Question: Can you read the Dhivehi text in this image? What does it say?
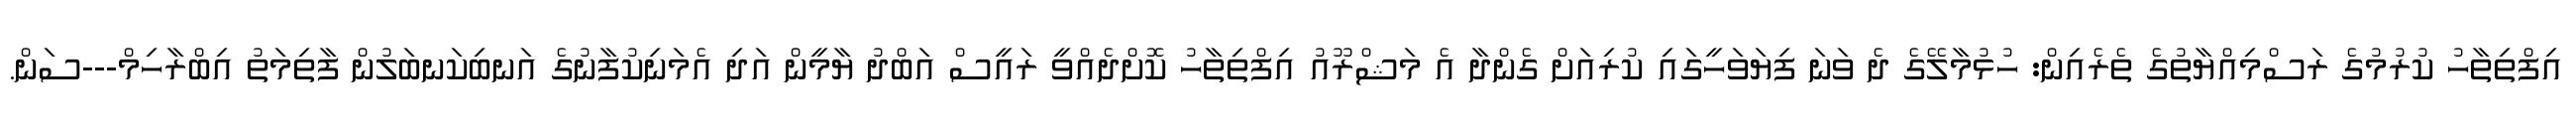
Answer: އިފްތިތާހު ކުރުމުގެ ރަސްމިއްޔާތުގެ ތެރެއިން: ހުޅުމާލޭގެ ދެ ވަނަ ފިޔަވަހީގައި ކުރިއަށް ގެންދާ އެ މަޝްރޫއު އިފްތިތާހު ކޮށްދެއްވީ ރައީސް އަބްދު ޔާމީން އަދި އެމަނިކުފާނުގެ އަނބިކަނބަލުން ފާތިމަތު އިބްރާހިމް---ސަން.